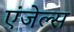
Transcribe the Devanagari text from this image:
एंजेल्‍स